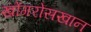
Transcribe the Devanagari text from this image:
खोंगरोसखान